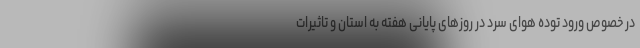
در خصوص ورود توده هوای سرد در روز‌های پایانی هفته به استان و تاثیرات